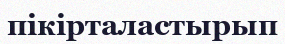
пікірталастырып